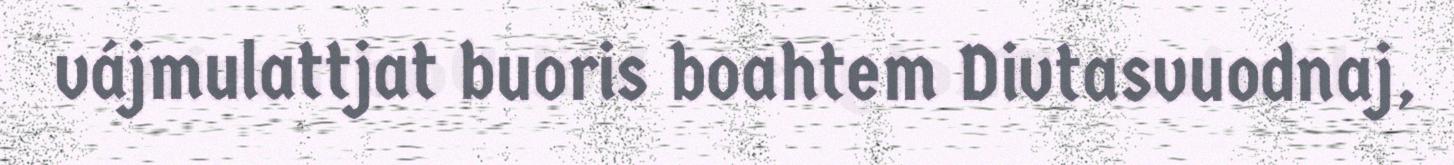
vájmulattjat buoris boahtem Divtasvuodnaj,